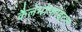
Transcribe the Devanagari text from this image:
कैलेमोफाइटन